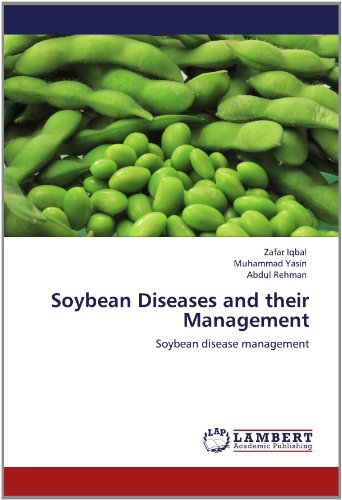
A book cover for Soybean Diseases and their Management: Soybean          disease management; Zafar Iqbal; Teen & Young Adult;